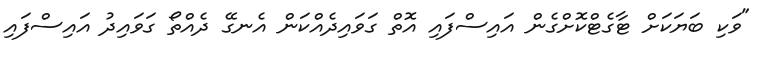
"ވަކި ބަޔަކަށް ޓާގެޓްކޮށްގެން އައިސްފައި އޮތް ގަވައިދެއްކަން އެނގޭ ދެއްތޯ ގަވައިދު އައިސްފައި